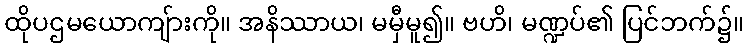
ထိုပဌမယောကျ်ားကို။ အနိဿာယ၊ မမှီမူ၍။ ဗဟိ၊ မဏ္ဍပ်၏ ပြင်ဘက်၌။